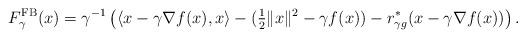
LaTeX: \begin{align*}F_{\gamma}^{\rm{FB}}(x)=\gamma^{-1}\left(\langle x-\gamma\nabla f(x),x\rangle-(\tfrac{1}{2}\|x\|^2-\gamma f(x))-r_{\gamma g}^*(x-\gamma\nabla f(x))\right).\end{align*}